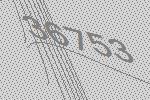
36753